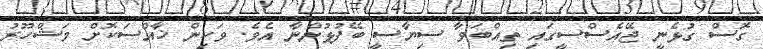
ގޮސް ގުޅެނީ ޖޭއެސްސީގައި ތިއްބަވާ ސިޔާސީ ބޭފުޅުންނާ އެވެ. ވަކިން ޚާއްސަކޮށް މަޝްހޫރު